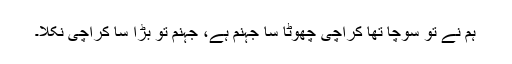
ہم نے تو سوچا تھا کراچی چھوٹا سا جہنم ہے، جہنم تو بڑا سا کراچی نکلا۔